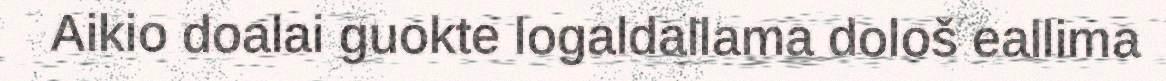
Aikio doalai guokte logaldallama dološ eallima